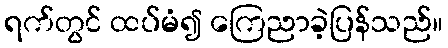
ရက်တွင် ထပ်မံ၍ ကြေညာခဲ့ပြန်သည်။